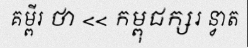
គម្ពីរ ថា << កម្ពុជក្សរ ន្វាត